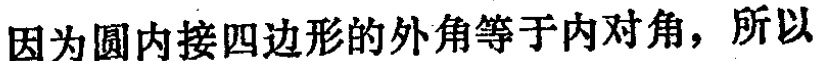
因为圆内接四边形的外角等于内对角，所以